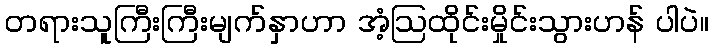
တရားသူကြီးကြီးမျက်နှာဟာ အံ့ဩထိုင်းမှိုင်းသွားဟန် ပါပဲ။